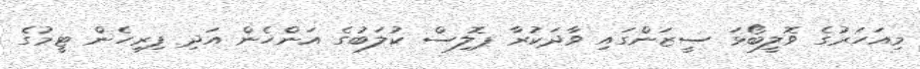
މިއަހަރުގެ ވޮލީބޯޅަ ސީޒަންގައި ވާދަކުރާ ޕޮލިސް ކުލަބުގެ އަންހެން އަދި ފިރިހެން ޓީމުގެ